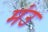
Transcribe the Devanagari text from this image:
मंउ